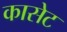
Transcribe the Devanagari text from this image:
कासेट